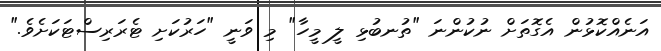
އަނެއްކޮޅުން އެގޮތަށް ނުކުންނަ "ތުނބުޅި ލީ މީހާ" މި ވަނީ "ހަރުކަށި ޓެރަރިސްޓަކަށެވެ."